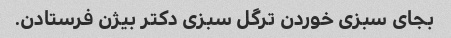
بجای سبزی خوردن ترگل سبزی دکتر بیژن فرستادن.